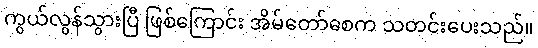
ကွယ်လွန်သွားပြီ ဖြစ်ကြောင်း အိမ်တော်စေက သတင်းပေးသည်။